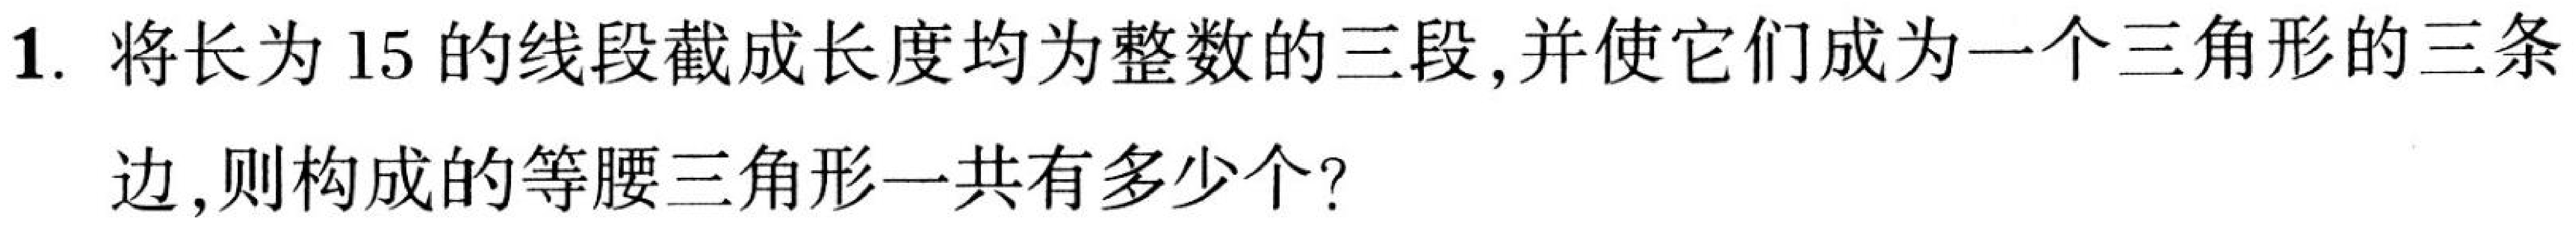
1. 将长为15的线段截成长度均为整数的三段,并使它们成为一个三角形的三条
边,则构成的等腰三角形一共有多少个?